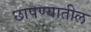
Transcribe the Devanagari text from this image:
छापण्यातील